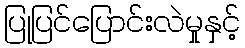
ပြုပြင်ပြောင်းလဲမှုနှင့်